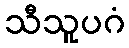
သီသူပဂံ